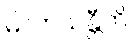
မိလာယန္တီတိ